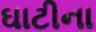
ઘાટીના